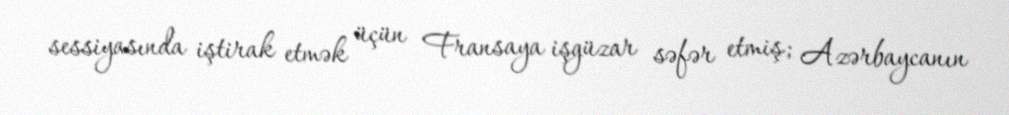
sessiyasında iştirak etmək üçün Fransaya işgüzar səfər etmiş; Azərbaycanın